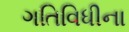
ગતિવિધીના